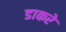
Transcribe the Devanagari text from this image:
डाकरे